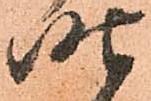
昨